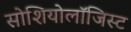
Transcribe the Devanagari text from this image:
सोशियोलॉजिस्ट